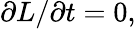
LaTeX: \partial L/\partial t=0,